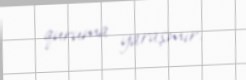
quruma yaraşmır.